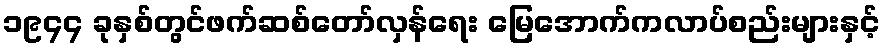
၁၉၄၄ ခုနှစ်တွင်ဖက်ဆစ်တော်လှန်ရေး မြေအောက်ကလာပ်စည်းများနှင့်